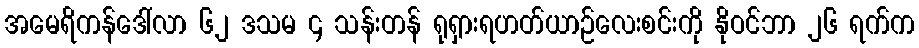
အမေရိကန်ဒေါ်လာ ၆၂ ဒသမ ၄ သန်းတန် ရုရှားရဟတ်ယာဉ်လေးစင်းကို နိုဝင်ဘာ ၂၆ ရက်က